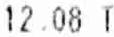
12.08 T